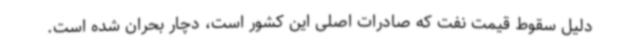
دلیل سقوط قیمت نفت که صادرات اصلی این کشور است، دچار بحران شده است.